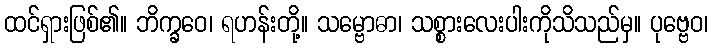
ထင်ရှားဖြစ်၏။ ဘိက္ခဝေ၊ ရဟန်းတို့။ သမ္ဗောဓာ၊ သစ္စားလေးပါးကိုသိသည်မှ။ ပုဗ္ဗေဝ၊